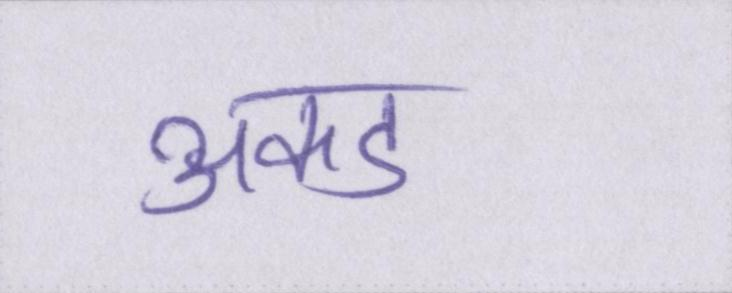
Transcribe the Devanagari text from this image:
अकड